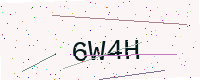
Text: 6W4H